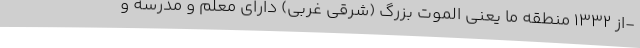
-از 1332 منطقه ما یعنی الموت بزرگ (شرقی غربی) دارای معلم و مدرسه و